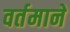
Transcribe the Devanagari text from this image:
वर्तमाने